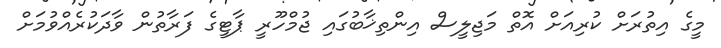
މީގެ އިތުރަށް ކުރިއަށް އޮތް މަޖިލީސް އިންތިޚާބުގައި ޖުމްހޫރީ ޕާޓީގެ ފަރާތުން ވާދަކުރެއްވުމަށް